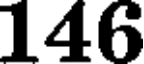
146